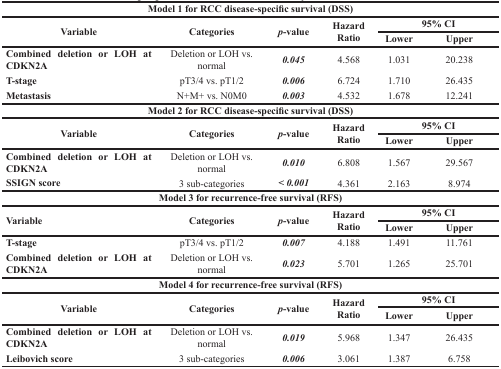
| <COLSPAN=6> Model 1 for RCC disease-specific survival (DSS) |
 | <ROWSPAN=2> Variable | <ROWSPAN=2> Categories | <ROWSPAN=2> p-value | <ROWSPAN=2> Hazard Ratio | <COLSPAN=2> 95% CI |
 | Lower | Upper |
 | --- | --- | --- | --- | --- | --- |
 | Combined deletion or LOH at CDKN2A | Deletion or LOH vs. normal | 0.045 | 4.568 | 1.031 | 20.238 |
 | T-stage | pT3/4 vs. pT1/2 | 0.006 | 6.724 | 1.710 | 26.435 |
 | Metastasis | N+M+ vs. N0M0 | 0.003 | 4.532 | 1.678 | 12.241 |
 | <COLSPAN=6> Model 2 for RCC disease-specific survival (DSS) |
 | <ROWSPAN=2> Variable | <ROWSPAN=2> Categories | <ROWSPAN=2> p-value | <ROWSPAN=2> Hazard Ratio | <COLSPAN=2> 95% CI |
 | Lower | Upper |
 | Combined deletion or LOH at CDKN2A | Deletion or LOH vs. normal | 0.010 | 6.808 | 1.567 | 29.567 |
 | SSIGN score | 3 sub-categories | < 0.001 | 4.361 | 2.163 | 8.974 |
 | <COLSPAN=6> Model 3 for recurrence-free survival (RFS) |
 | <ROWSPAN=2> Variable | <ROWSPAN=2> Categories | <ROWSPAN=2> p-value | <ROWSPAN=2> Hazard Ratio | <COLSPAN=2> 95% CI |
 | Lower | Upper |
 | T-stage | pT3/4 vs. pT1/2 | 0.007 | 4.188 | 1.491 | 11.761 |
 | Combined deletion or LOH at CDKN2A | Deletion or LOH vs. normal | 0.023 | 5.701 | 1.265 | 25.701 |
 | <COLSPAN=6> Model 4 for recurrence-free survival (RFS) |
 | <ROWSPAN=2> Variable | <ROWSPAN=2> Categories | <ROWSPAN=2> p-value | <ROWSPAN=2> Hazard Ratio | <COLSPAN=2> 95% CI |
 | Lower | Upper |
 | Combined deletion or LOH at CDKN2A | Deletion or LOH vs. normal | 0.019 | 5.968 | 1.347 | 26.435 |
 | Leibovich score | 3 sub-categories | 0.006 | 3.061 | 1.387 | 6.758 |